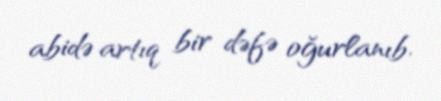
abidə artıq bir dəfə oğurlanıb.